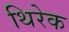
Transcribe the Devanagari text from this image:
थिरेक